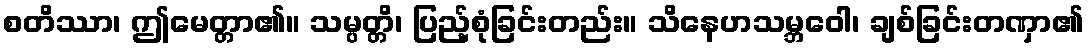
စတိဿာ၊ ဤမေတ္တာ၏။ သမ္ပတ္တိ၊ ပြည့်စုံခြင်းတည်း။ သိနေဟသမ္ဘဝေါ၊ ချစ်ခြင်းတဏှာ၏